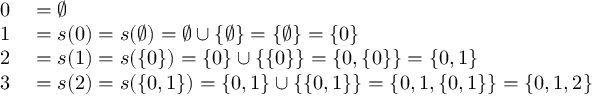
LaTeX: \begin{array} { r l } { 0 } & { { } = \emptyset } \\ { 1 } & { { } = s ( 0 ) = s ( \emptyset ) = \emptyset \cup \{ \emptyset \} = \{ \emptyset \} = \{ 0 \} } \\ { 2 } & { { } = s ( 1 ) = s ( \{ 0 \} ) = \{ 0 \} \cup \{ \{ 0 \} \} = \{ 0 , \{ 0 \} \} = \{ 0 , 1 \} } \\ { 3 } & { { } = s ( 2 ) = s ( \{ 0 , 1 \} ) = \{ 0 , 1 \} \cup \{ \{ 0 , 1 \} \} = \{ 0 , 1 , \{ 0 , 1 \} \} = \{ 0 , 1 , 2 \} } \end{array}